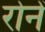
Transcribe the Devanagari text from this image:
रोनें